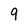
Character: 9